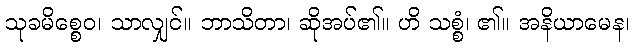
သုခမိစ္စေဝ၊ သာလျှင်။ ဘာသိတာ၊ ဆိုအပ်၏။ ဟိ သစ္စံ၊ ၏။ အနိယာမေန၊